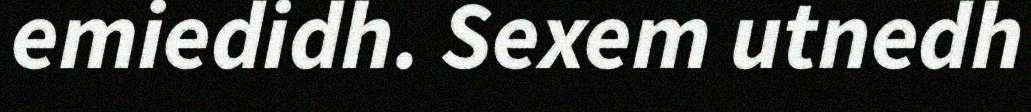
emiedidh. Sexem utnedh